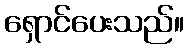
ရှောင်ပေးသည်။